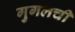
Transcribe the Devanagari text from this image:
गुगलची